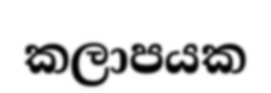
කලාපයක